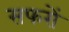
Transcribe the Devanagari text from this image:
सफरों